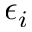
\epsilon _ { i }